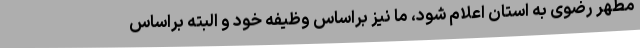
مطهر رضوی به استان اعلام شود، ما نیز براساس وظیفه خود و البته براساس